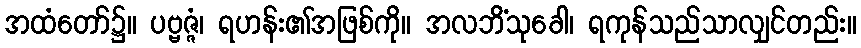
အထံတော်၌။ ပဗ္ဗဇ္ဇံ၊ ရဟန်း၏အဖြစ်ကို။ အလဘိံသုခေါ၊ ရကုန်သည်သာလျှင်တည်း။